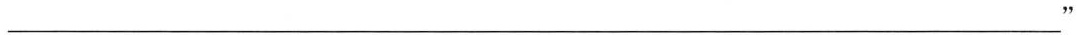
___“